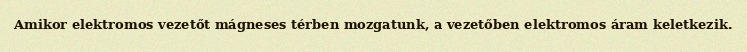
Amikor elektromos vezetőt mágneses térben mozgatunk, a vezetőben elektromos áram keletkezik.